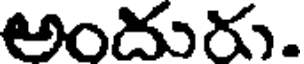
అందురు.